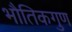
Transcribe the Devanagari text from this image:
भौतिकगुण